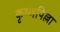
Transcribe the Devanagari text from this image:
कृष्णपिल्ला